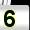
Digit: 5